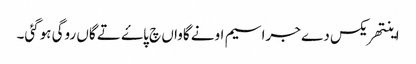
اینتھریکس دے جراسیم اونے گاواں چ پاۓ تے گاں روگی ہوگئی۔